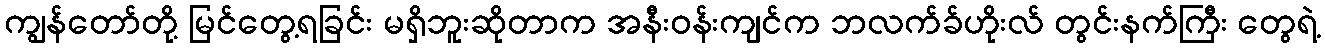
ကျွန်တော်တို့ မြင်တွေ့ရခြင်း မရှိဘူးဆိုတာက အနီးဝန်းကျင်က ဘလက်ခ်ဟိုးလ် တွင်းနက်ကြီး တွေရဲ့